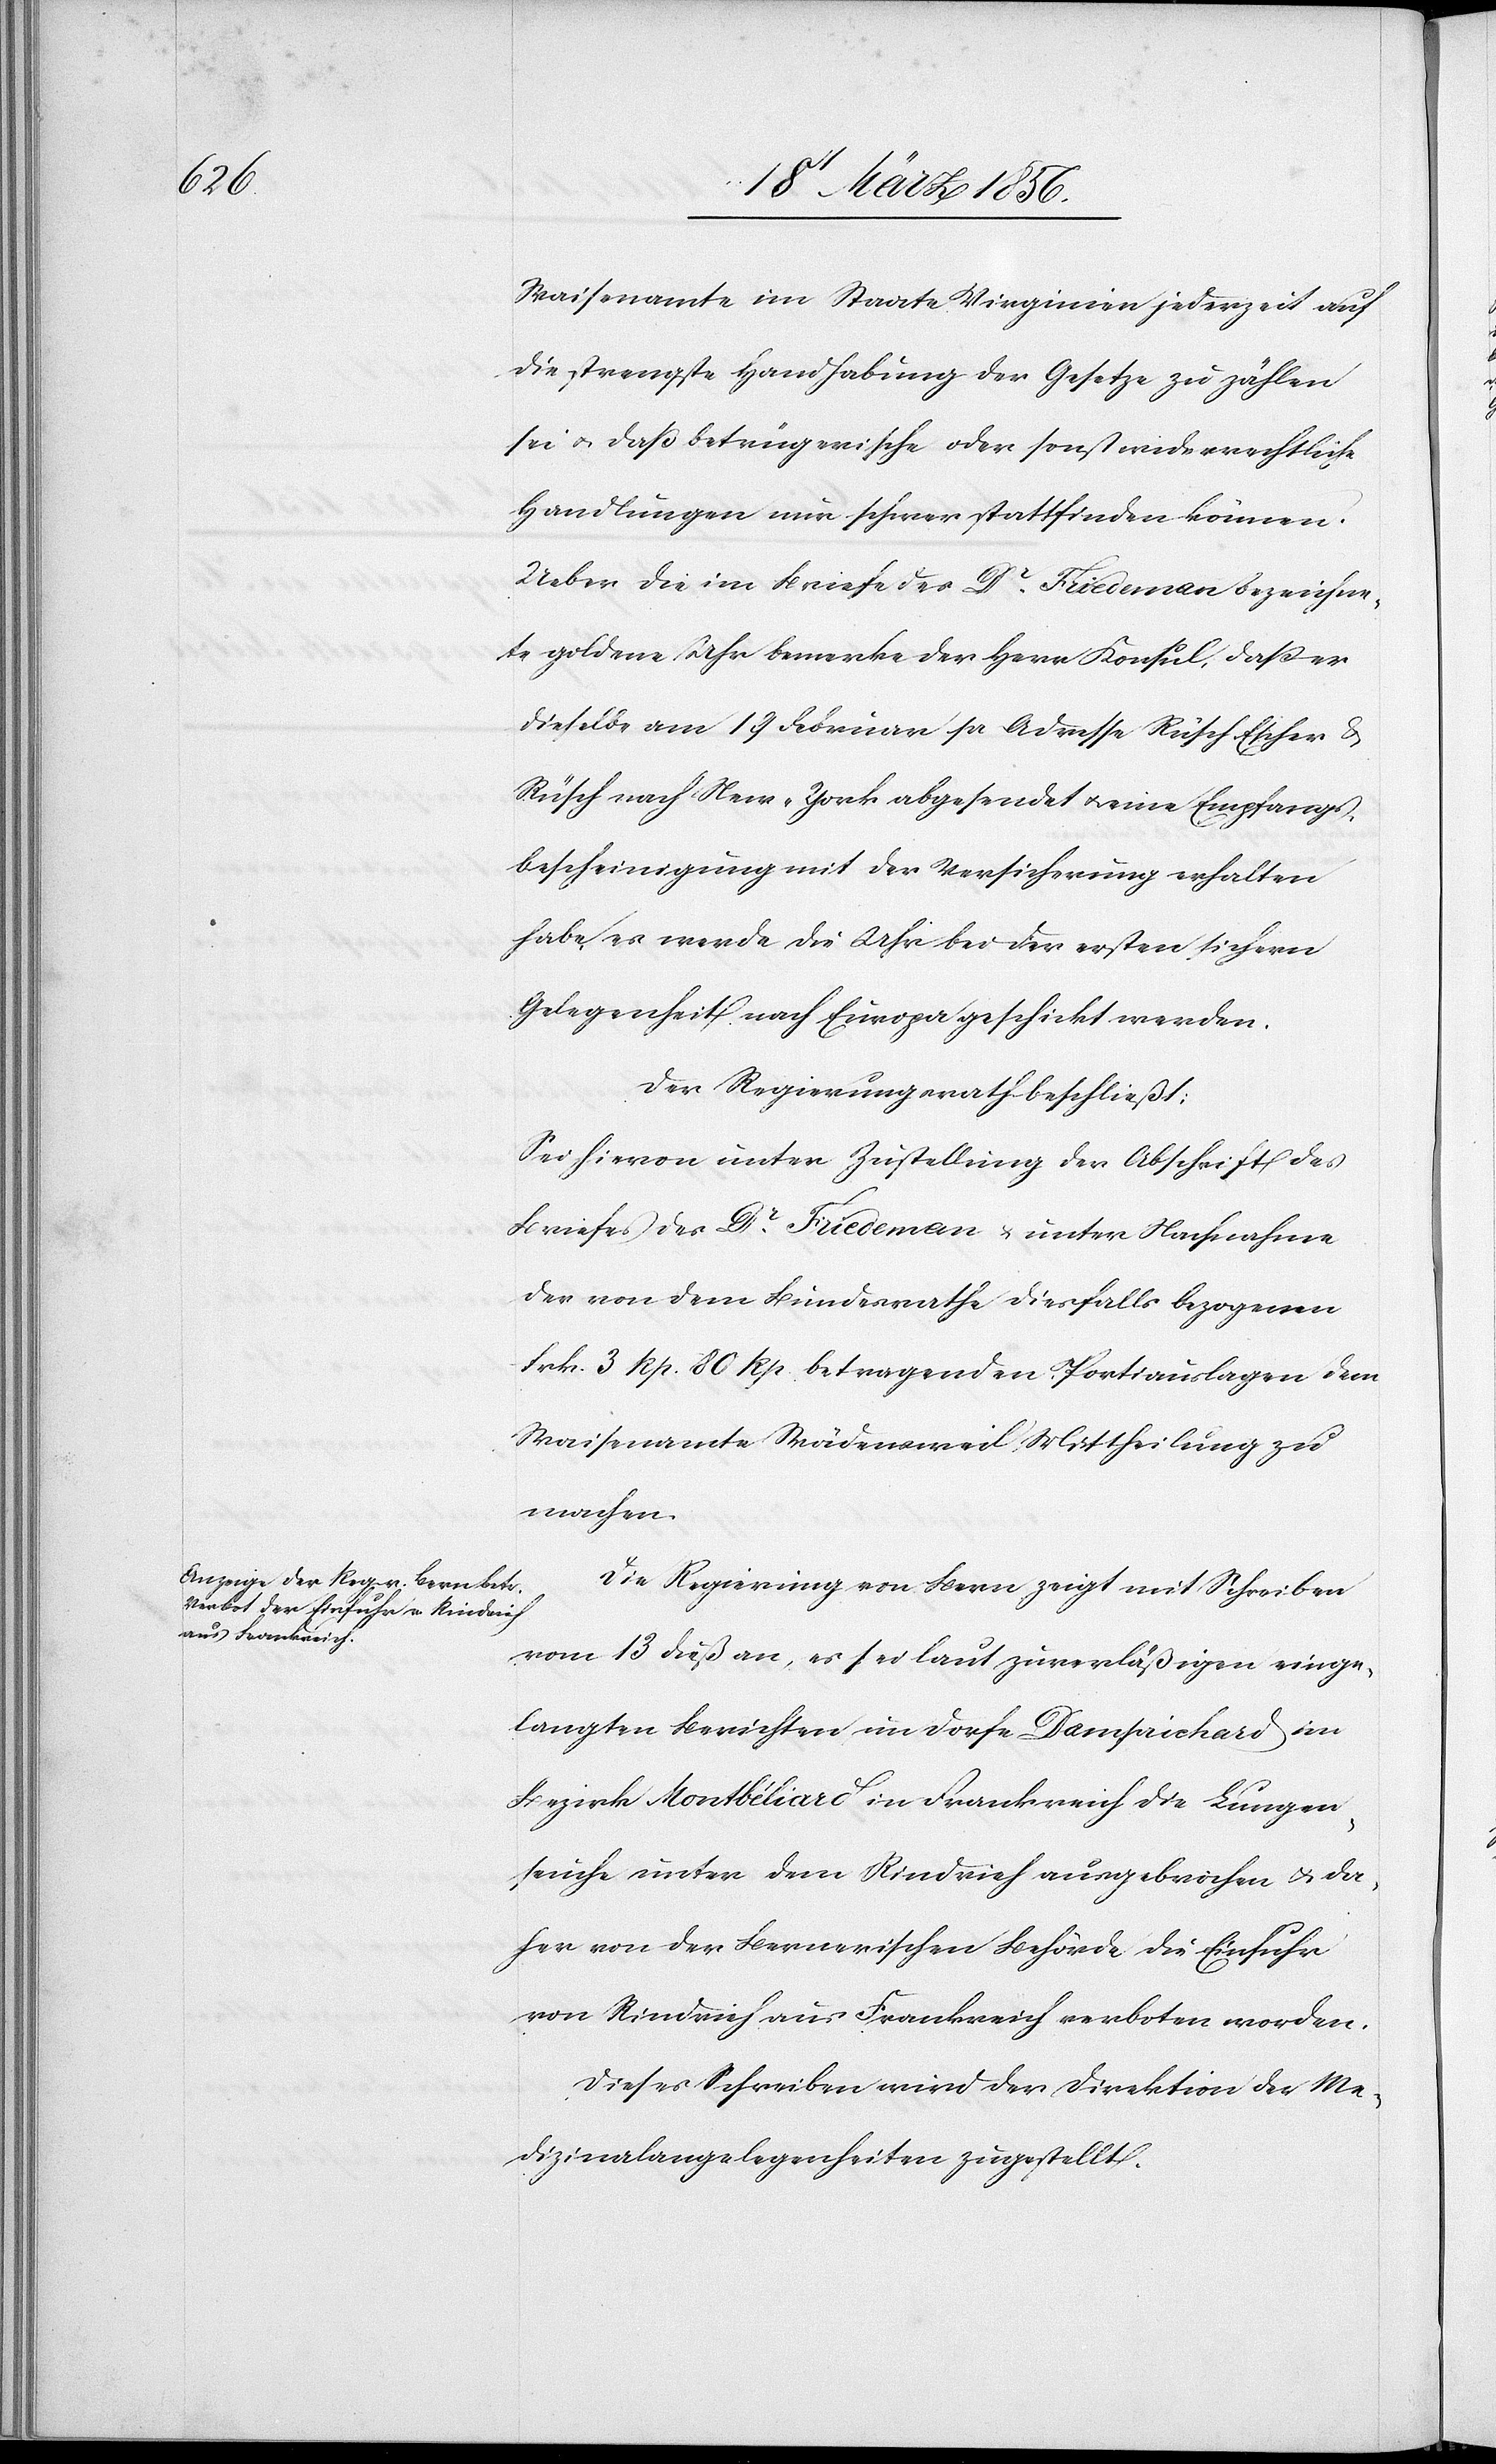
Waisenamte im Staate Virginien jederzeit auf
die strengste Handhabung der Gesetze zu zählen
sei u. daß betrügerische oder sonst wiederrechtliche
Handlungen nur schwer stattfinden können.
Ueber die im Briefe des Dr Friedeman bezeichne¬
te goldene Uhr bemerke der Herr Konsul, daß er
dieselbe am 19 Februar pr Andresse Rüsch Escher &
Rüsch nach New-York abgesendet u. eine Empfangs¬
bescheinigung mit der Versicherung erhalten
habe, es werde die Uhr bei der ersten sichern
Gelegenheit nach Europa geschickt werden.
Der Regierungsrath beschließt:
Sei hievon unter Zustellung der Abschrift des
Briefes des Dr Friedeman & unter Nachnahme
der von dem Bundesrathe diesfalls bezogenen
Frk. 3 Rp. 80 Rp. betragenden Portiauslagen dem
Waisenamte Wädensweil Mittheilung zu
machen.
Die Regierung von Bern zeigt mit Schreiben
vom 13 dieß an, es sei laut zuverläßigen einge¬
langten Berichten im Dorfe Damprichard im
Bezirk Montbéliard in Frankreich die Lungen¬
seuche unter dem Rindvieh ausgebrochen u. da¬
her von der Bernerischen Behörde die Einfuhr
von Rindvieh aus Frankreich verboten worden.
Dieses Schreiben wird der Direktion der Me¬
dizinalangelegenheiten zugestellt.